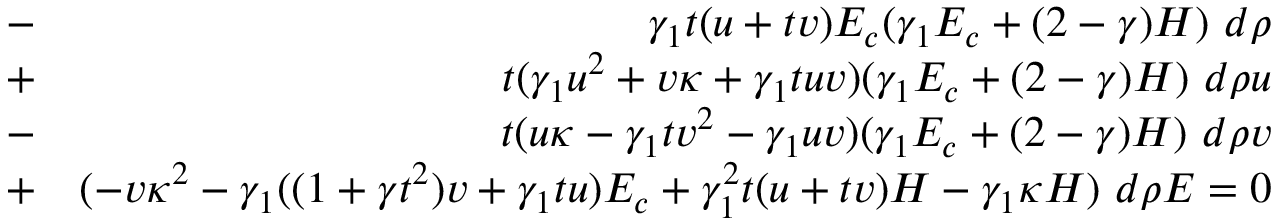
\begin{array} { r l r } & { - } & { \gamma _ { 1 } t ( u + t v ) E _ { c } ( \gamma _ { 1 } E _ { c } + ( 2 - \gamma ) H ) ~ d \rho } \\ & { + } & { t ( \gamma _ { 1 } u ^ { 2 } + v \kappa + \gamma _ { 1 } t u v ) ( \gamma _ { 1 } E _ { c } + ( 2 - \gamma ) H ) ~ d \rho u } \\ & { - } & { t ( u \kappa - \gamma _ { 1 } t v ^ { 2 } - \gamma _ { 1 } u v ) ( \gamma _ { 1 } E _ { c } + ( 2 - \gamma ) H ) ~ d \rho v } \\ & { + } & { ( - v \kappa ^ { 2 } - \gamma _ { 1 } ( ( 1 + \gamma t ^ { 2 } ) v + \gamma _ { 1 } t u ) E _ { c } + \gamma _ { 1 } ^ { 2 } t ( u + t v ) H - \gamma _ { 1 } \kappa H ) ~ d \rho E = 0 } \end{array}